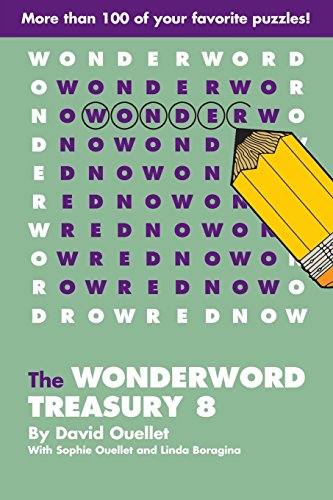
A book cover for The WonderWord Treasury 8; David Ouellet; Humor & Entertainment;